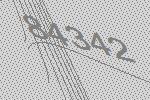
84342